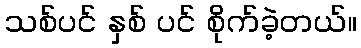
သစ်ပင် နှစ် ပင် စိုက်ခဲ့တယ်။